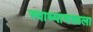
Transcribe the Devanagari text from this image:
स्वाध्यायशाला